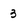
Character: 3